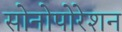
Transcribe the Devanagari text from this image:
सोनोपोरेशन